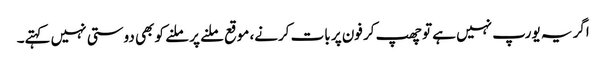
اگر یہ یورپ نہیں ہے تو چھپ کر فون پر بات کرنے، موقع ملنے پر ملنے کو بھی دوستی نہیں کہتے۔